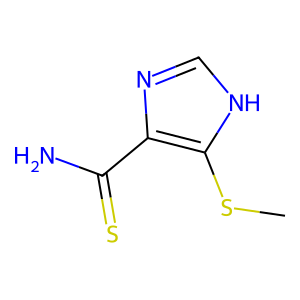
SMILES: CSc1[nH]cnc1C(N)=S
Inhibits HIV replication: No